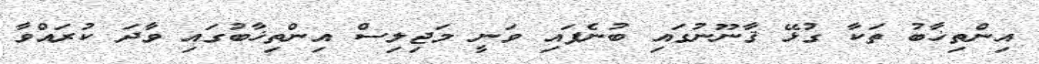
އިންތިޚާބު ތަކާ ގުޅޭ ޤާނޫނުގައި ބުނެފައި ވަނީ މަޖިލިސް އިންތިޚާބުގައި ވާދަ ކުރައްވާ